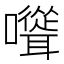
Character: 𡄭